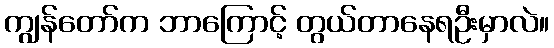
ကျွန်တော်က ဘာကြောင့် တွယ်တာနေရဦးမှာလဲ။